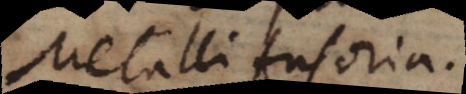
Metalli fusoria.